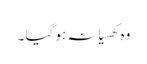
وہ کھسیانہ ہو گیا ۔